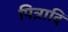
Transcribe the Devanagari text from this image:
पित्रादि